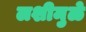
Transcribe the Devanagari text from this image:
लशीमुळे